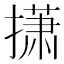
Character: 𫾃